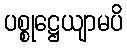
ပစ္စုဋ္ဌေယျာမပိ